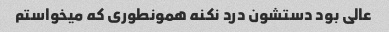
عالی بود دستشون درد نکنه همونطوری که میخواستم